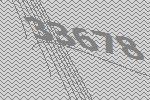
33678